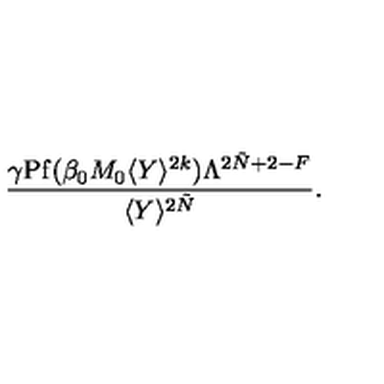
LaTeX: \frac { \gamma \mathrm { P f } ( \beta _ { 0 } M _ { 0 } \langle Y \rangle ^ { 2 k } ) \Lambda ^ { 2 \tilde { N } + 2 - F } } { \langle Y \rangle ^ { 2 \tilde { N } } } .